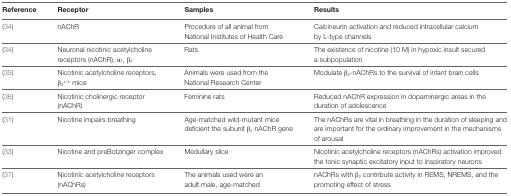
<table><thead><tr><td><b>Reference</b></td><td><b>Receptor</b></td><td><b>Samples</b></td><td><b>Results</b></td></tr></thead><tbody><tr><td>(34)</td><td>nAChR</td><td>Procedure of all animal from National Institutes of Health Care</td><td>Calcineurin activation and reduced intracellular calcium by L-type channels</td></tr><tr><td>(34)</td><td>Neuronal nicotinic acetylcholine receptors (nAChR), α<sub>7</sub>, β<sub>2</sub></td><td>Rats</td><td>The existence of nicotine (10 M) in hypoxic insult secured a subpopulation</td></tr><tr><td>(35)</td><td>Nicotinic acetylcholine receptors, β<sub>2</sub><sup>+/+</sup> mice</td><td>Animals were used from the National Research Center</td><td>Modulate β<sub>2</sub>-nAChRs to the survival of infant brain cells</td></tr><tr><td>(36)</td><td>Nicotinic cholinergic receptor (nAChR)</td><td>Feminine rats</td><td>Reduced nAChR expression in dopaminergic areas in the duration of adolescence</td></tr><tr><td>(31)</td><td>Nicotine impairs breathing</td><td>Age-matched wild-mutant mice deficient the subunit β<sub>2</sub> nAChR gene</td><td>The nAChRs are vital in breathing in the duration of sleeping and are important for the ordinary improvement in the mechanisms of arousal</td></tr><tr><td>(33)</td><td>Nicotine and preBotzinger complex</td><td>Medullary slice</td><td>Nicotinic acetylcholine receptors (nAChRs) activation improved the tonic synaptic excitatory input to inspiratory neurons</td></tr><tr><td>(37)</td><td>Nicotinic acetylcholine receptors (nAChRs)</td><td>The animals used were an adult male, age-matched</td><td>nAChRs with β<i><sub>2</sub></i> contribute activity in REMS, NREMS, and the promoting effect of stress</td></tr></tbody></table>